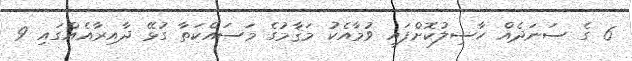
6 ގެ ސަނަދެއް ހާސިލުކޮށްފައި ވުމާއެކު މަޤާމުގެ މަސައްކަތާ ގުޅޭ ދާއިރާއެއްގައި 9